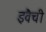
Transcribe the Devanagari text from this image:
इवैची